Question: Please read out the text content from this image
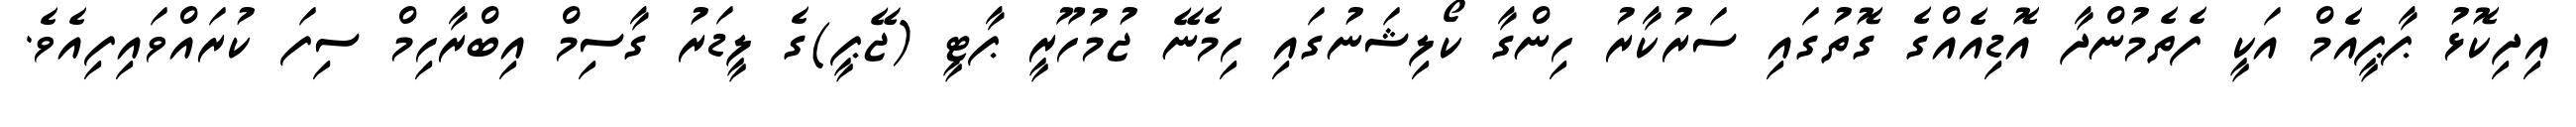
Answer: އިދިކޮޅު ޕާޕީއެމް އަކީ ފެތެމުންދާ އޮޑިއެއްގެ ގޮތުގައި ސަރުކާރު ހިންގާ ކޯލިޝަނުގައި ހިމެނޭ ޖުމުހޫރީ ޕާޓީ (ޖޭޕީ)ގެ ލީޑަރު ގާސިމް އިބްރާހިމް ސިފަ ކުރައްވައިފިއެވެ.